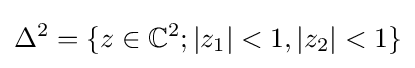
\Delta ^{2}=\{z\in \mathbb {C} ^{2};|z_{1}|<1,|z_{2}|<1\}